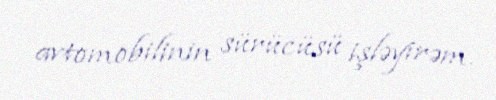
avtomobilinin sürücüsü işləyirəm.